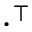
\cdot ^ { \intercal }